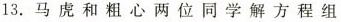
13.马虎和粗心两位同学解方程组